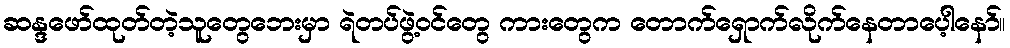
ဆန္ဒဖော်ထုတ်တဲ့သူတွေဘေးမှာ ရဲတပ်ဖွဲ့ဝင်တွေ ကားတွေက တောက်ရှောက်လိုက်နေတာပေ့ါနော်။